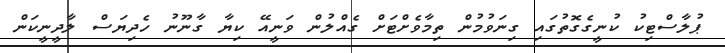
ޕުލާސްޓިކު ކުނީގެގޮތުގައި ގިނަވުމުން ތިމާވެށްޓަށް ގެއްލުން ވަނީއޭ ކިޔާ ގާނޫނު ހެދިޔަސް ލާދީނީކަން